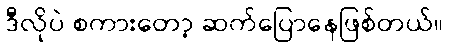
ဒီလိုပဲ စကားတော့ ဆက်ပြောနေဖြစ်တယ်။